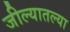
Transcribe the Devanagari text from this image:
जील्यातल्या